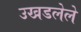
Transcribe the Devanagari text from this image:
उखडलेले